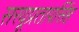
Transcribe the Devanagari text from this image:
सरयूप्रतापसिंह